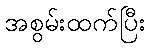
အစွမ်းထက်ပြီး